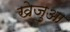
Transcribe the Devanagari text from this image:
खेजुआ